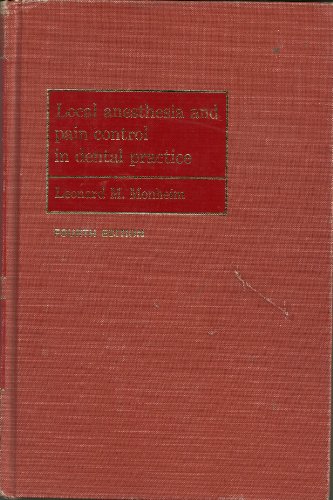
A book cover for Local Anaesthesia and Pain Control in Dental Practice: Anaesthesia, Local, and Pain Control in Dental Practice; L.M. Monheim; Medical Books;